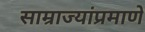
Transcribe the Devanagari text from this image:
साम्राज्यांप्रमाणे